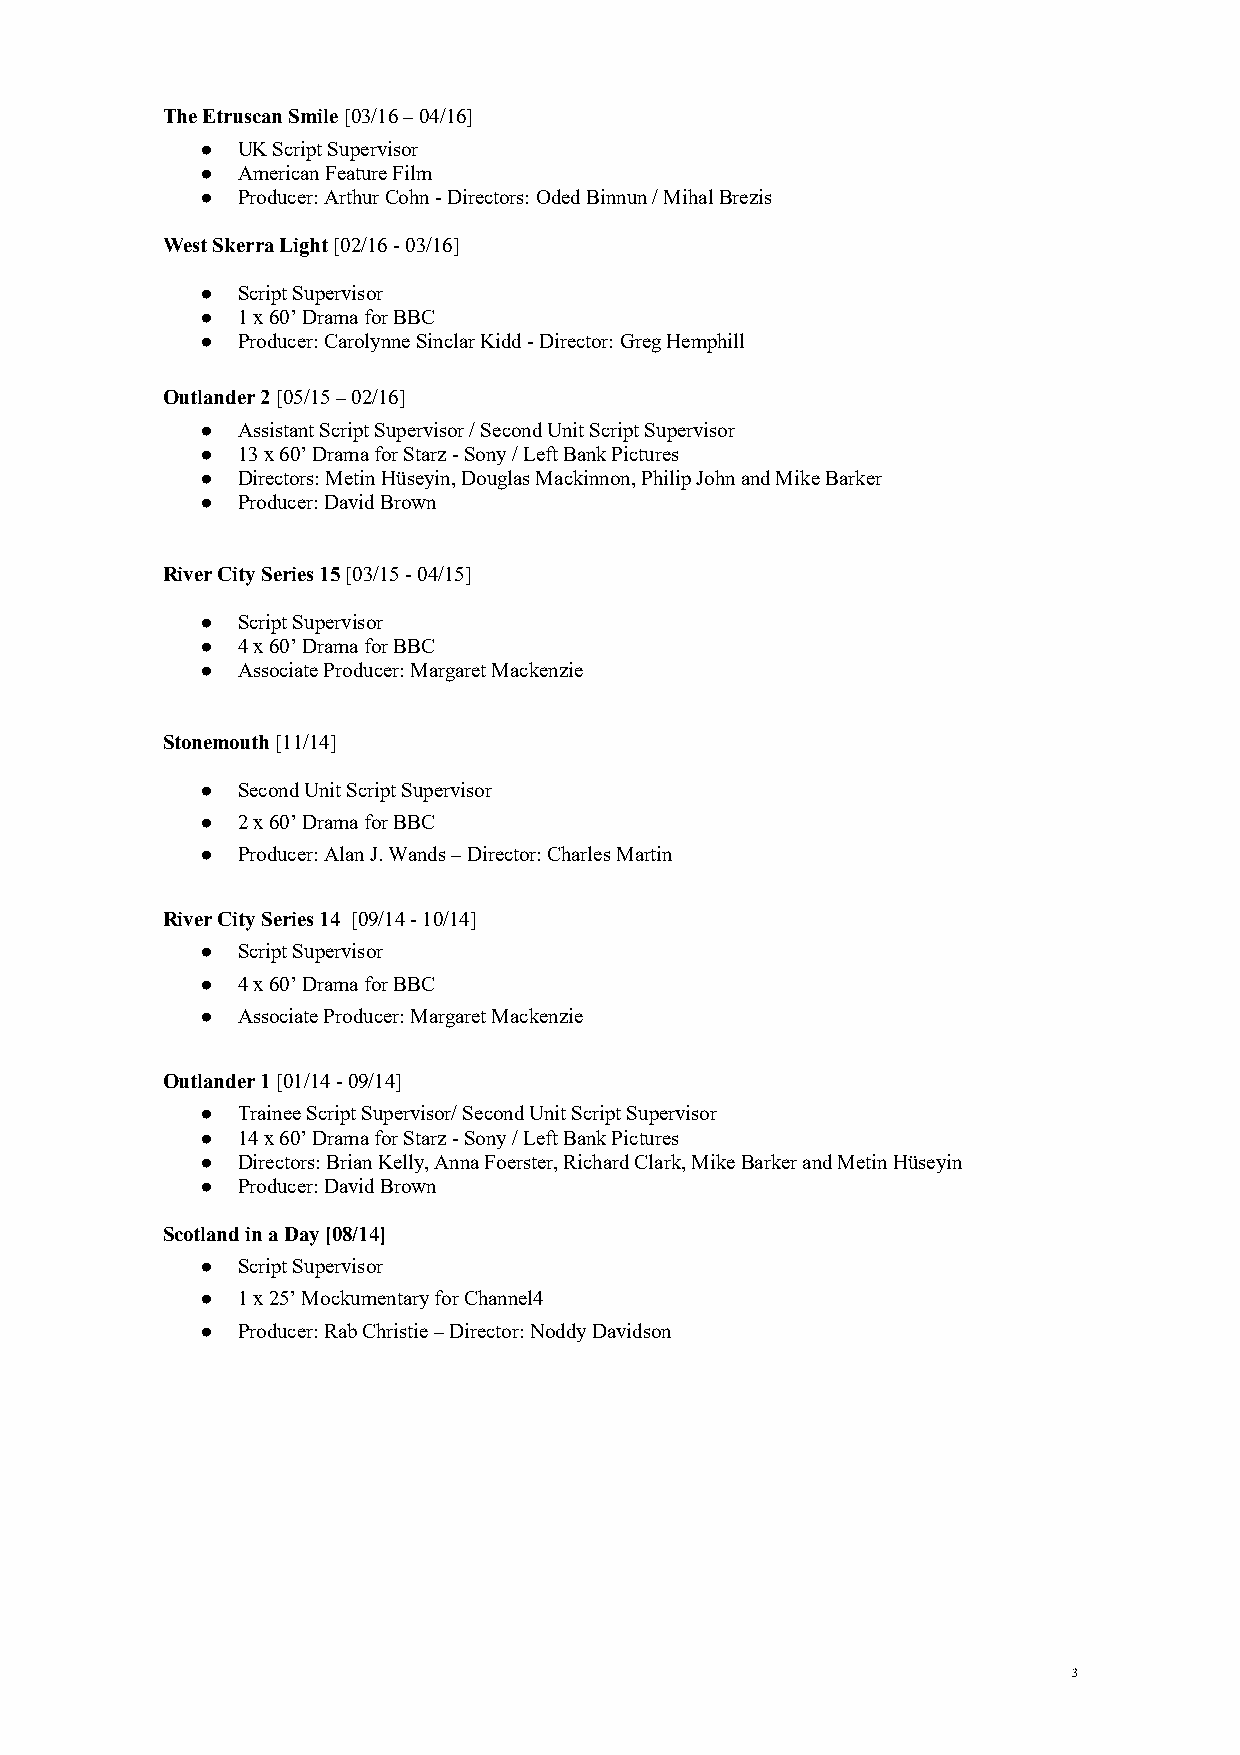
The Etruscan Smile [03/16 – 04/16]
 ●  UK Script Supervisor
 ●  American Feature Film
 ●  Producer: Arthur Cohn - Directors: Oded Binnun / Mihal Brezis
 West Skerra Light [02/16 - 03/16]
 ●  Script Supervisor
 ●  1 x 60’ Drama for BBC
 ●  Producer: Carolynne Sinclar Kidd - Director: Greg Hemphill
 Outlander 2 [05/15 – 02/16]
 ●  Assistant Script Supervisor / Second Unit Script Supervisor
 ●  13 x 60’ Drama for Starz - Sony / Left Bank Pictures
 ●  Directors: Metin Hüseyin, Douglas Mackinnon, Philip John and Mike Barker
 ●  Producer: David Brown
 River City Series 15 [03/15 - 04/15]
 ●  Script Supervisor
 ●  4 x 60’ Drama for BBC
 ●  Associate Producer: Margaret Mackenzie
 Stonemouth [11/14]
 ●  Second Unit Script Supervisor
 ●  2 x 60’ Drama for BBC
 ●  Producer: Alan J. Wands – Director: Charles Martin
 River City Series 14 [09/14 - 10/14]
 ●  Script Supervisor
 ●  4 x 60’ Drama for BBC
 ●  Associate Producer: Margaret Mackenzie
 Outlander 1 [01/14 - 09/14]
 ●  Trainee Script Supervisor/ Second Unit Script Supervisor
 ●  14 x 60’ Drama for Starz - Sony / Left Bank Pictures
 ●  Directors: Brian Kelly, Anna Foerster, Richard Clark, Mike Barker and Metin Hüseyin
 ●  Producer: David Brown
 Scotland in a Day [08/14]
 ●  Script Supervisor
 ●  1 x 25’ Mockumentary for Channel4
 ●  Producer: Rab Christie – Director: Noddy Davidson
 3